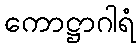
ကောဋ္ဌာဂါရံ